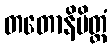
တတောနိမိတ္တံ